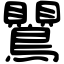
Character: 鸎